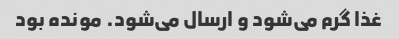
غذا گرم می‌شود و ارسال می‌شود. مونده بود